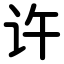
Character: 许